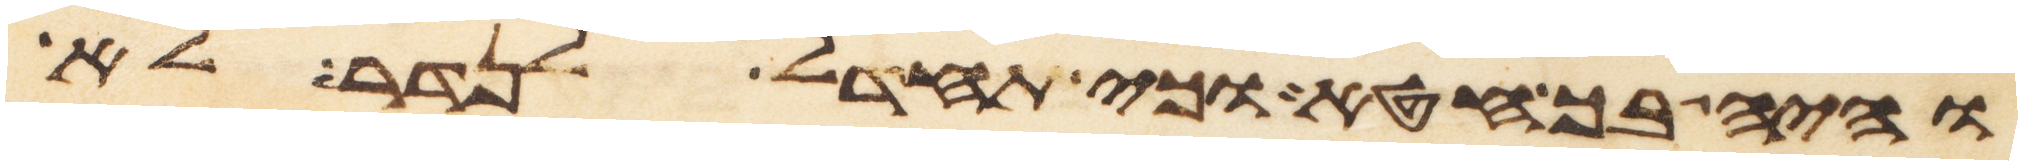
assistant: והיה בך חטא וכי תחדל לנדר לא